Vaccination in Bombay 1856-1862 - 1856-1862
Year: 1856
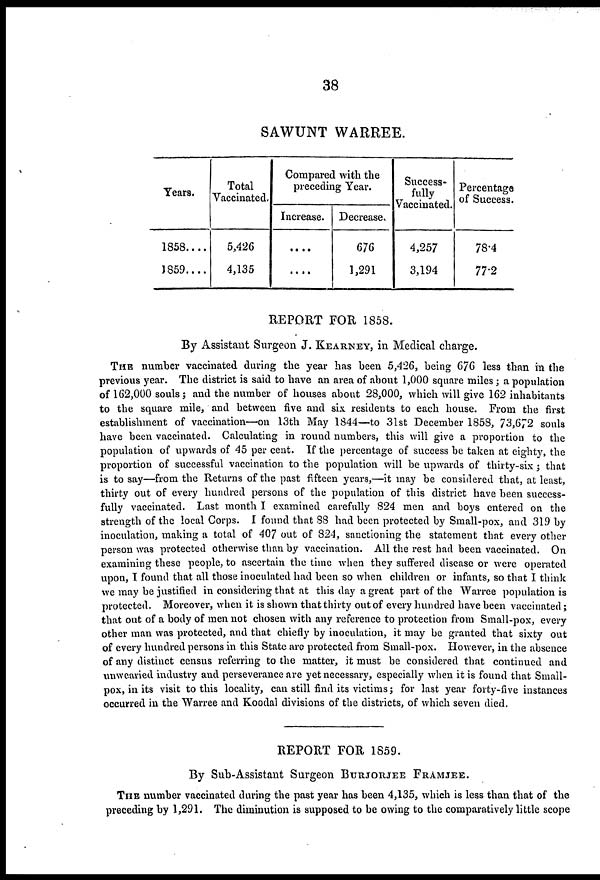
38
SAWUNT WARREE.
Years.
1858....
1859....
Total
Vaccinated.
5,426
4,135
Compared with the
preceding Year.
Increase.
....
....
Decrease.
676
1,291
Success-
fully
Vaccinated.
4,257
3,194
Percentage
of Success.
78.4
77.2
REPORT FOR 1858.
By Assistant Surgeon J. KEARNEY, in Medical charge.
THE number vaccinated during the year has been 5,426, being 676 less than in the
previous year. The district is said to have an area of about 1,000 square miles; a population
of 162,000 souls; and the number of houses about 28,000, which will give 162 inhabitants
to the square mile, and between five and six residents to each house. From the first
establishment of vaccination—on 13th May 1844—to 31st December 1858, 73,672 souls
have been vaccinated. Calculating in round numbers, this will give a proportion to the
population of upwards of 45 per cent. If the percentage of success be taken at eighty, the
proportion of successful vaccination to the population will be upwards of thirty-six; that
is to say—from the Returns of the past fifteen years,—it may be considered that, at least,
thirty out of every hundred persons of the population of this district have been success-
fully vaccinated. Last month I examined carefully 824 men and boys entered on the
strength of the local Corps. I found that 88 had been protected by Small-pox, and 319 by
inoculation, making a total of 407 out of 824, sanctioning the statement that every other
person was protected otherwise than by vaccination. All the rest had been vaccinated. On
examining these people, to ascertain the time when they suffered disease or were operated
upon, I found that all those inoculated had been so when children or infants, so that I think
we may be justified in considering that at this day a great part of the Warree population is
protected. Moreover, when it is shown that thirty out of every hundred have been vaccinated;
that out of a body of men not chosen with any reference to protection from Small-pox, every
other man was protected, and that chiefly by inoculation, it may be granted that sixty out
of every hundred persons in this State are protected from Small-pox. However, in the absence
of any distinct census referring to the matter, it must be considered that continued and
unwearied industry and perseverance are yet necessary, especially when it is found that Small-
pox, in its visit to this locality, can still find its victims; for last year forty-five instances
occurred in the Warree and Koodal divisions of the districts, of which seven died.
REPORT FOR 1859.
By Sub-Assistant Surgeon BURJORJEE FRAMJEE.
THE number vaccinated during the past year has been 4,135, which is less than that of the
preceding by 1,291. The diminution is supposed to be owing to the comparatively little scope